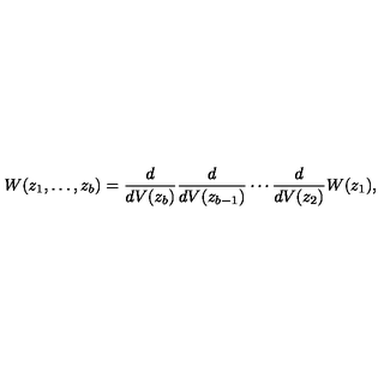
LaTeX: W ( z _ { 1 } , \ldots , z _ { b } ) = \frac { d } { d V ( z _ { b } ) } \frac { d } { d V ( z _ { b - 1 } ) } \cdots \frac { d } { d V ( z _ { 2 } ) } W ( z _ { 1 } ) ,